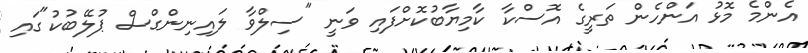
އެންމެ މޮޅު އަންހެން ތަރީގެ އޮސްކާ ކާމިޔާބުކޮށްފައި ވަނީ "ސިލްވާ ލައިނިންގްސް ޕުލޭބުކު"ގައި